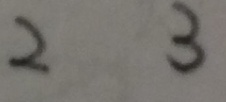
2 3